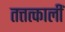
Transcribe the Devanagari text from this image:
तत्तत्कालीं